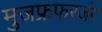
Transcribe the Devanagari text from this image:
मुजफ्रफरजंग